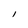
Character: I